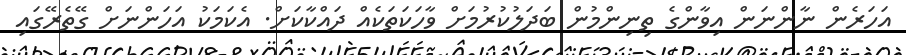
އަހަރެން ނާންނަން އިވާންގެ ތިނިންމުން ބަދަލުކުރުމަށް ވާހަކަތަކެއް ދައްކާކަށް. އެކަމަކު އަހަންނަށް ގޭތެރޭގައި